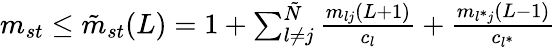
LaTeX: \begin{array}{r}{m_{st}\leq\tilde{m}_{st}(L)=1+\sum_{l\neq j}^{\tilde{N}}\frac{m_{lj}(L+1)}{c_{l}}+\frac{m_{l^{*}j}(L-1)}{c_{l^{*}}}}\end{array}